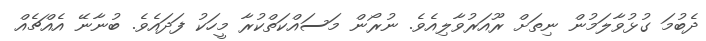
ދެބުމަ ގުޅުވާލަމުން ނިތަށް ރޫއަރުވާލިއެވެ. ނުރޯން މަސައްކަތްކުރާ މީހަކު ފަދައެވެ. ބުނާނޭ އެއްޗެއް